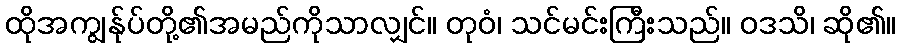
ထိုအကျွန်ုပ်တို့၏အမည်ကိုသာလျှင်။ တုဝံ၊ သင်မင်းကြီးသည်။ ဝဒသိ၊ ဆို၏။